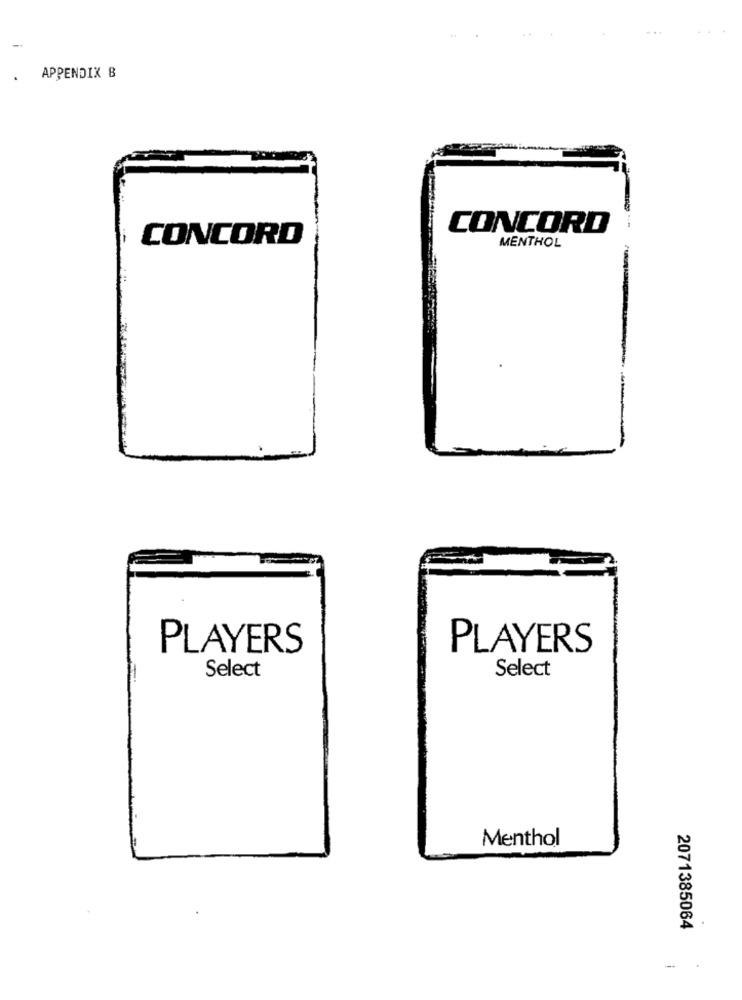
APPENDIX B
CONCORD
CONCORD
MENTHOL
PLAYERS
PLAYERS
Select
Select
Menthol
.
2071385064